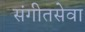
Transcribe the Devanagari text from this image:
संगीतसेवा